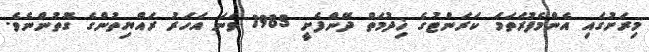
މިރަށުގައި އެންމެފުރަތަމަ ކަރަންޓުގެ ޚިދުމަތް ދޭންފެށީ 1985 ވަނަ އަހަރު ރައްޔިތުންގެ ގޮތުންނެވެ.